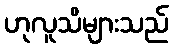
ဟုလူသိများသည်